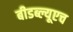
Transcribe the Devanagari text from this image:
बीडब्ल्यूएच